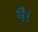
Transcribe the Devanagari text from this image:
थेै।